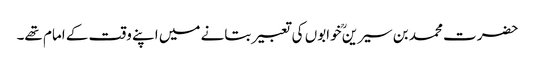
حضرت محمد بن سیرینؒ خوابوں کی تعبیر بتانے میں اپنے وقت کے امام تھے۔